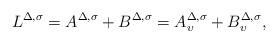
LaTeX: \begin{align*} L^{\Delta, \sigma}=A^{\Delta, \sigma}+B^{\Delta,\sigma}=A_\upsilon^{\Delta, \sigma}+B_\upsilon^{\Delta, \sigma},\end{align*}